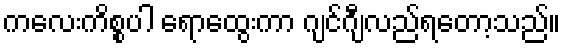
ကလေးကိစ္စပါ ရောထွေးကာ ဂျင်ဂျီလည်ရတော့သည်။